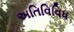
અતિવિવિધ